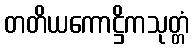
တတိယကောဋ္ဌိကသုတ္တံ